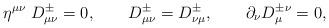
LaTeX: \begin{align*} \eta^{\mu \nu}\;D_{\mu \nu}^{\pm}=0, \qquad D_{\mu \nu}^{\pm}=D_{\nu \mu}^{\pm}, \qquad \partial _{\nu}D_{\mu}^{\pm \nu}=0,\end{align*}